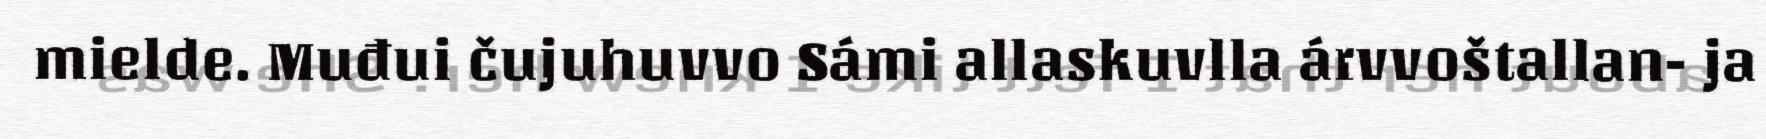
mielde. Muđui čujuhuvvo Sámi allaskuvlla árvvoštallan- ja